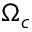
\Omega _ { c }